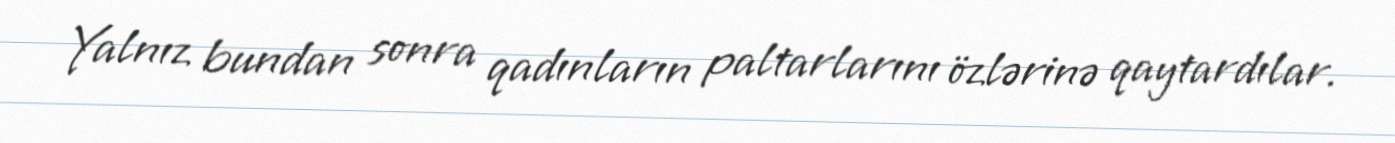
Yalnız bundan sonra qadınların paltarlarını özlərinə qaytardılar.